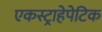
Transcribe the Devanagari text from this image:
एकस्ट्राहेपेटिक